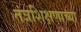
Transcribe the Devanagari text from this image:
तंत्रशिक्षणाच्या